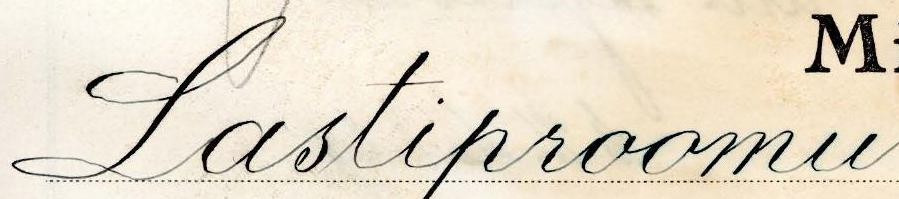
Lastiproomu